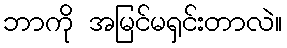
ဘာကို အမြင်မရှင်းတာလဲ။